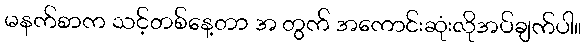
မနက်စာက သင့်တစ်နေ့တာ အ တွက် အကောင်းဆုံးလိုအပ်ချက်ပါ။